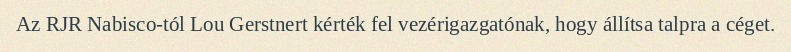
Az RJR Nabisco-tól Lou Gerstnert kérték fel vezérigazgatónak, hogy állítsa talpra a céget.